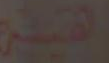
القيمة